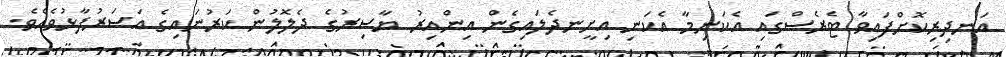
އަނދިރިކޮށްފައިވާ ޓެރެސްގައި އެކަނިމާ އެކަނި އިށީނދެލައިގެން އިންއިރު ޔާސިރުގެ ދެލޮލުން ކަރުނައިގެ އަސަރުފާޅުވެއެވެ.